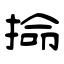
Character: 掵